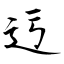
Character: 迃